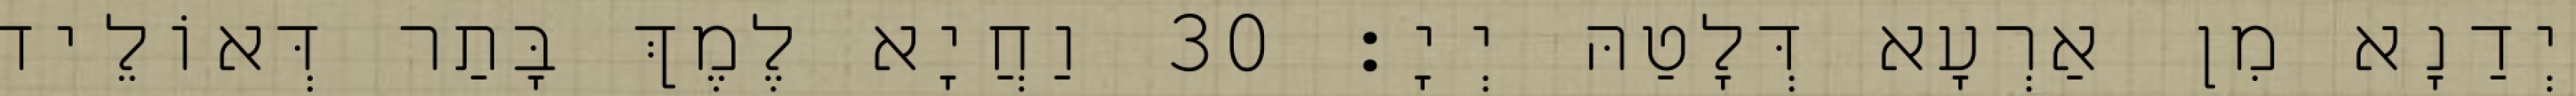
יְדַנָא מִן אַרְעָא דְּלָטַהּ יְיָ׃ 30 וַחֲיָא לֶמֶךְ בָּתַר דְּאוֹלֵיד